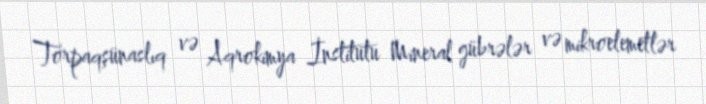
Torpaqşünaslıq və Aqrokimya İnstitutu Mineral gübrələr və mikroelemetlər